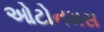
ઓટોનમસ